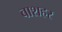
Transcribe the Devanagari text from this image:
बाशहर